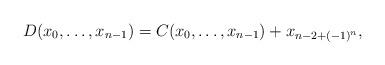
LaTeX: \begin{align*}D(x_0,\ldots,x_{n-1}) = C(x_0,\ldots,x_{n-1}) + x_{n-2+(-1)^n},\end{align*}